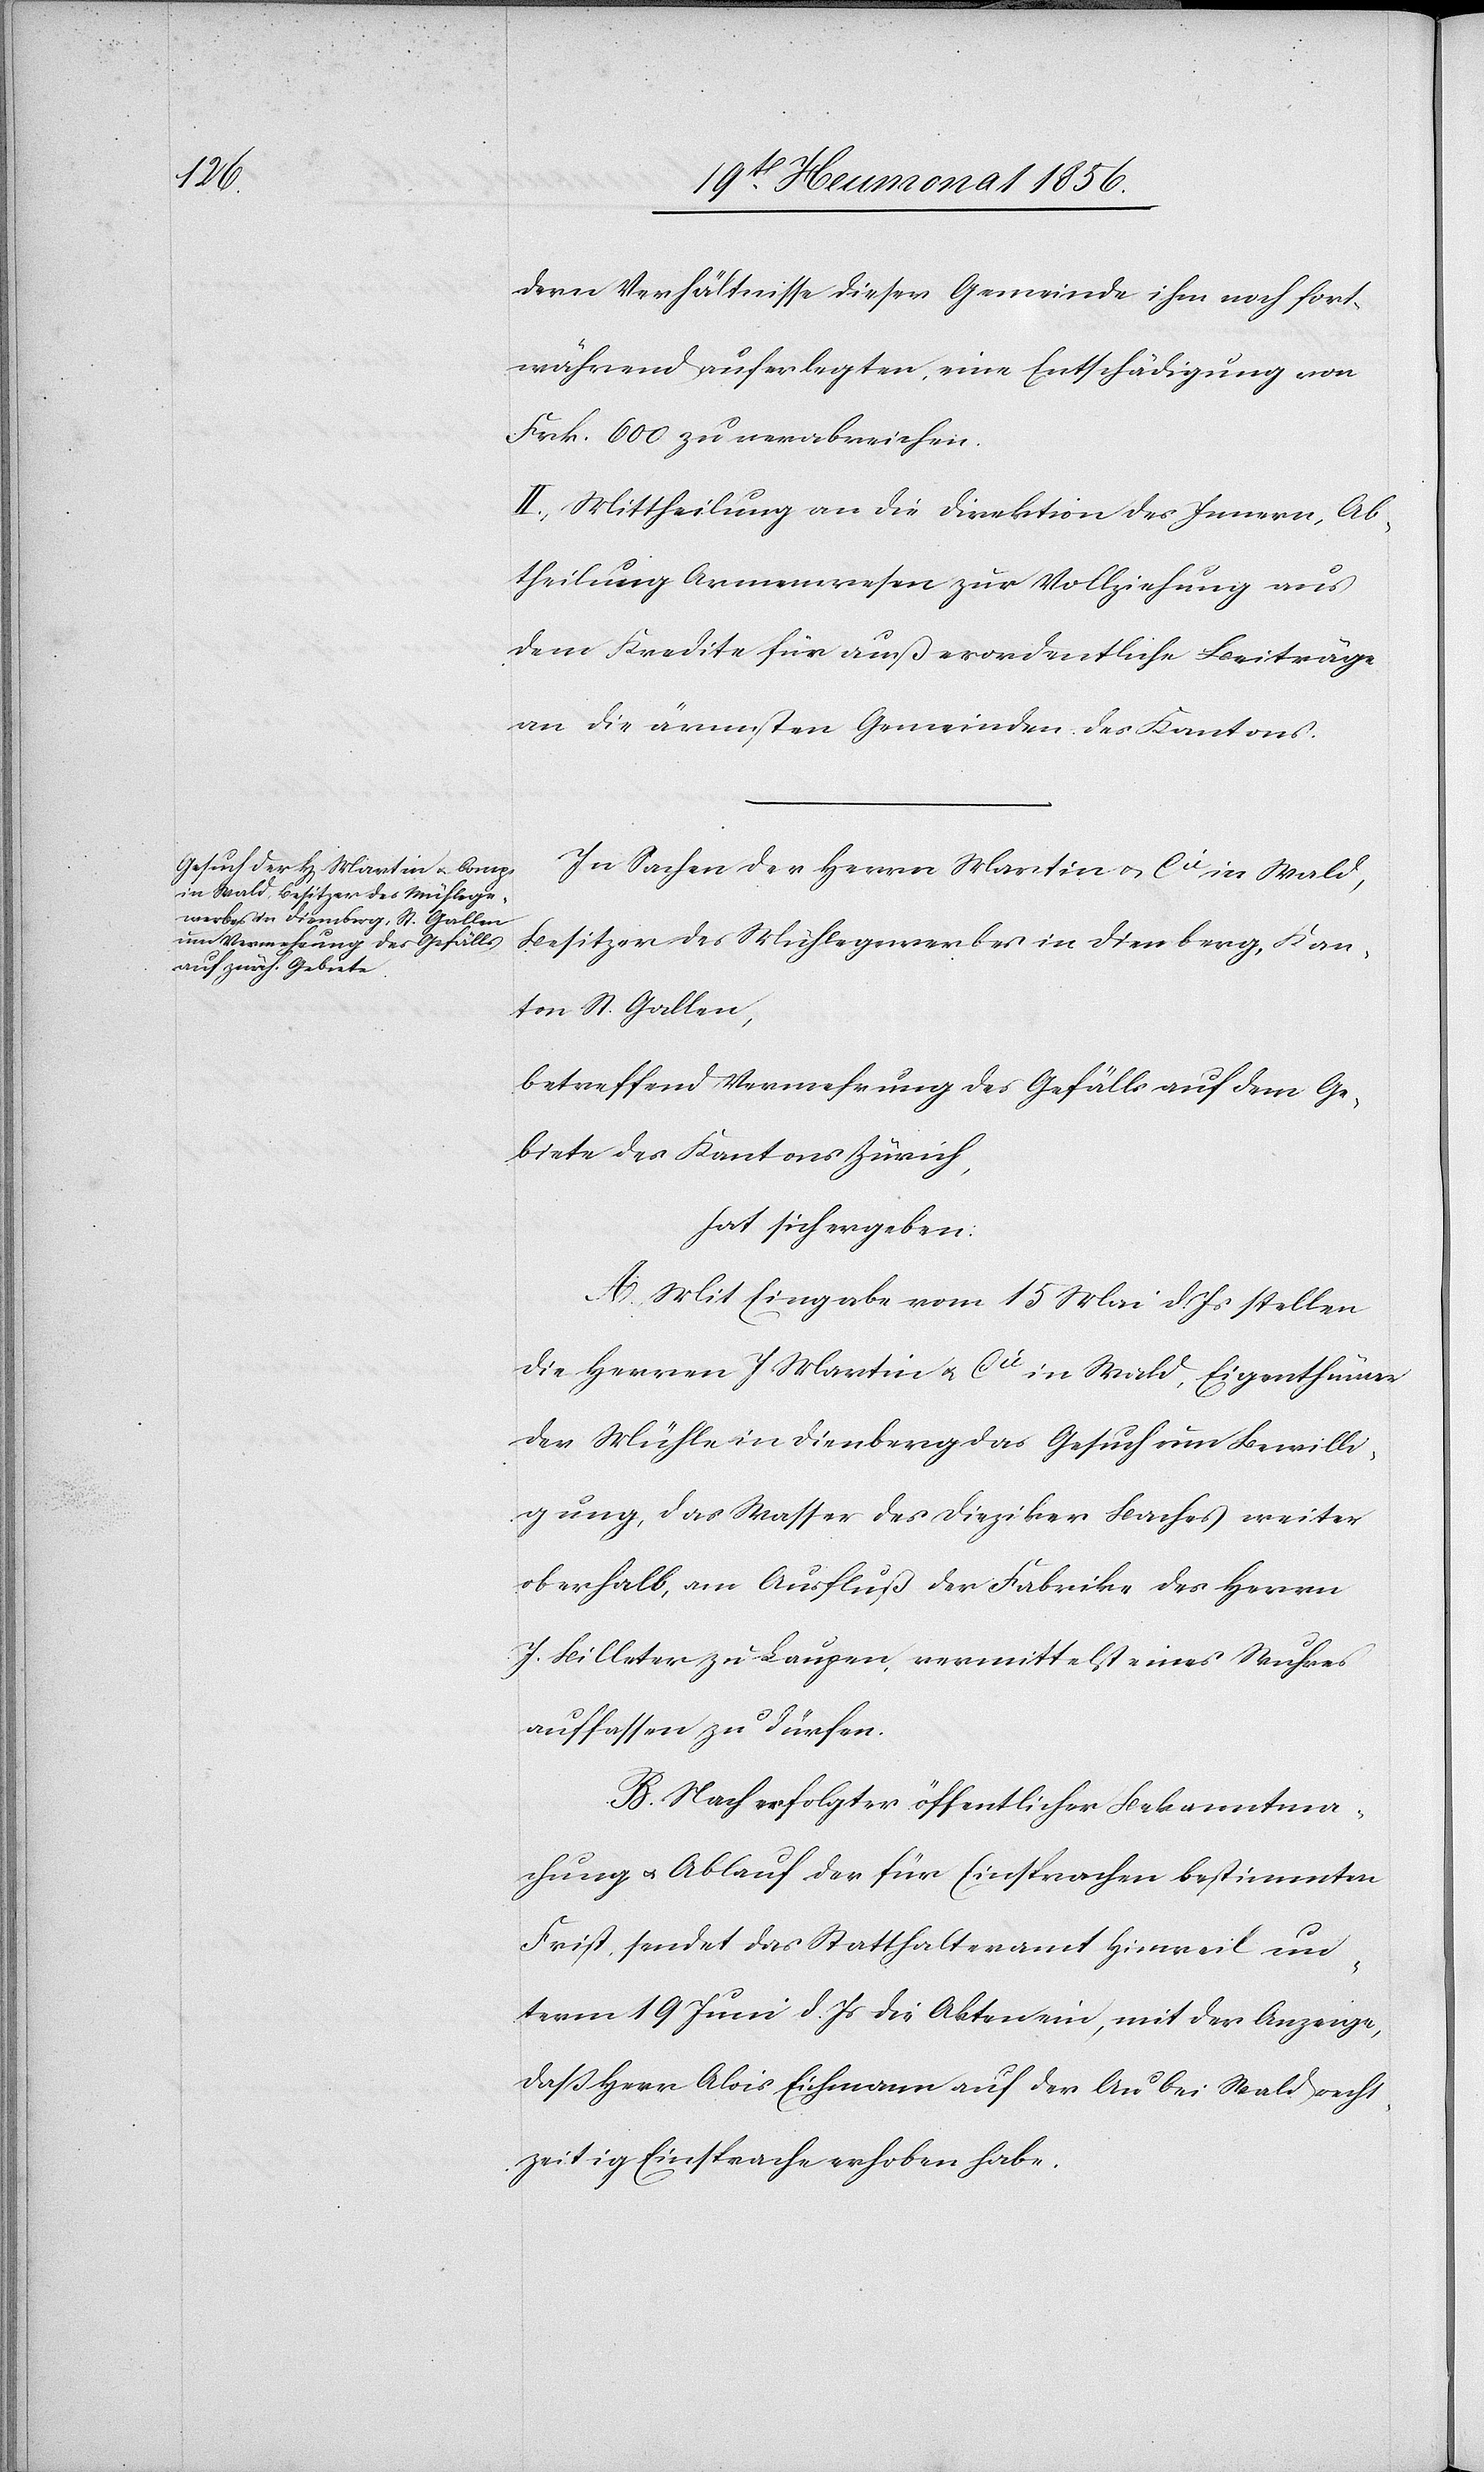
dern Verhältnisse dieser Gemeinde ihm nach fort¬
während auferlegten, eine Entschädigung von
Frk. 600 zu verabreichen.
II. Mittheilung an die Direktion des Innern, Ab¬
theilung Armenwesen zur Vollziehung aus
dem Kredite für außerordentliche Beiträge
an die ärmsten Gemeinden des Kantons.
In Sachen der Herrn Martin u. Cie in Wald,
Besitzer des Mühlegewerbes in Dienberg
Kanton St. Gallen,
betreffend Vermehrung des Gefälls auf dem Ge¬
biete des Kantons Zürich,
hat sich ergeben:
A. Mit Eingabe vom 15 Mai d. Js stellen
die Herren J. Martin u. Cie in Wald, Eigenthümer
der Mühle in Dienberg das Gesuch um Bewilli¬
gung, das Wasser des Dieziker Baches weiter
oberhalb, am Ausfluß der Fabrike des Herrn
J. Billeter zu Laupen, vermittelst eines Wuhres
auffassen zu dürfen.
B. Nach erfolgter öffentlicher Bekanntma¬
chung u. Ablauf der für Einsprachen bestimmten
Frist, sendet das Statthalteramt Hinweil un¬
term 19 Juni d. Js die Akten ein, mit der Anzeige,
dass Herr Alois Eichmann auf der Au bei Wald recht¬
zeitig Einsprache erhoben habe.